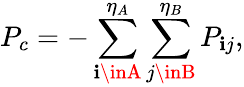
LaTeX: P_{c}=-\sum_{\mathbf{i}\inA}^{\eta_{A}}\sum_{j\inB}^{\eta_{B}}{P}_{\mathbf{i}j},